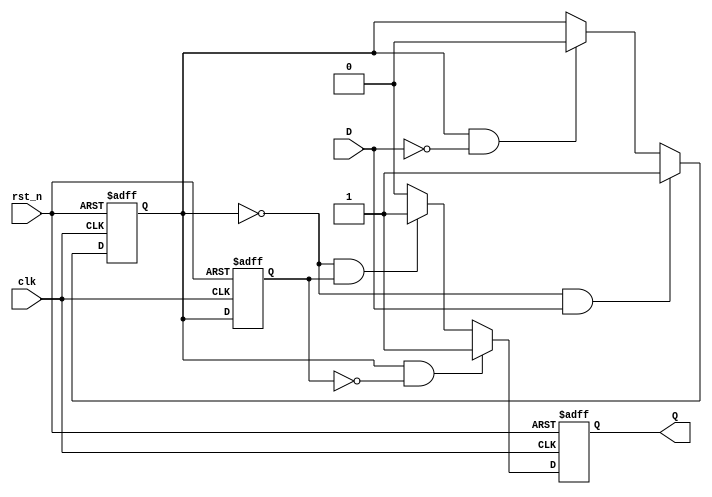
module schmitt_trigger_edge_detector (
    input wire clk,          // Clock signal
    input wire rst_n,       // Active low reset
    input wire D,           // Input signal
    output reg Q            // Output signal indicating edge detection
);

    // Parameters for Schmitt Trigger thresholds
    parameter HIGH_THRESHOLD = 1'b1; // Define high threshold
    parameter LOW_THRESHOLD  = 1'b0;  // Define low threshold

    // Internal signals
    reg D_filtered;          // Filtered output of the Schmitt Trigger
    reg D_prev;             // Previous state of the filtered signal

    // Schmitt Trigger logic
    always @(posedge clk or negedge rst_n) begin
        if (!rst_n) begin
            D_filtered <= LOW_THRESHOLD; // Initialize to low
        end else begin
            // Schmitt Trigger behavior
            if (D_filtered == LOW_THRESHOLD && D == HIGH_THRESHOLD) begin
                D_filtered <= HIGH_THRESHOLD; // Rising edge detected
            end else if (D_filtered == HIGH_THRESHOLD && D == LOW_THRESHOLD) begin
                D_filtered <= LOW_THRESHOLD; // Falling edge detected
            end
        end
    end

    // Edge detection logic
    always @(posedge clk or negedge rst_n) begin
        if (!rst_n) begin
            D_prev <= LOW_THRESHOLD; // Initialize previous state
            Q <= 1'b0;               // Initialize output
        end else begin
            // Capture the previous state
            D_prev <= D_filtered;

            // Edge detection
            if (D_filtered == HIGH_THRESHOLD && D_prev == LOW_THRESHOLD) begin
                Q <= 1'b1; // Rising edge detected
            end else if (D_filtered == LOW_THRESHOLD && D_prev == HIGH_THRESHOLD) begin
                Q <= 1'b1; // Falling edge detected
            end else begin
                Q <= 1'b0; // No edge detected
            end
        end
    end

endmodule